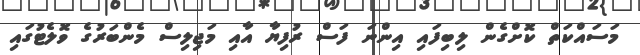
މަސައްކަތް ކޮށްގެން ލިބިފައި އިންނަ ފަސް ރުފިޔާ އާއި މަޖިލިސް މެންބަރުގެ ވޮލެޓުގައި